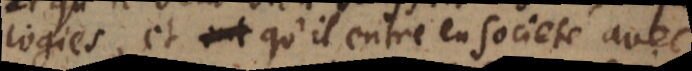
logies, et qu’il entre en societé avec